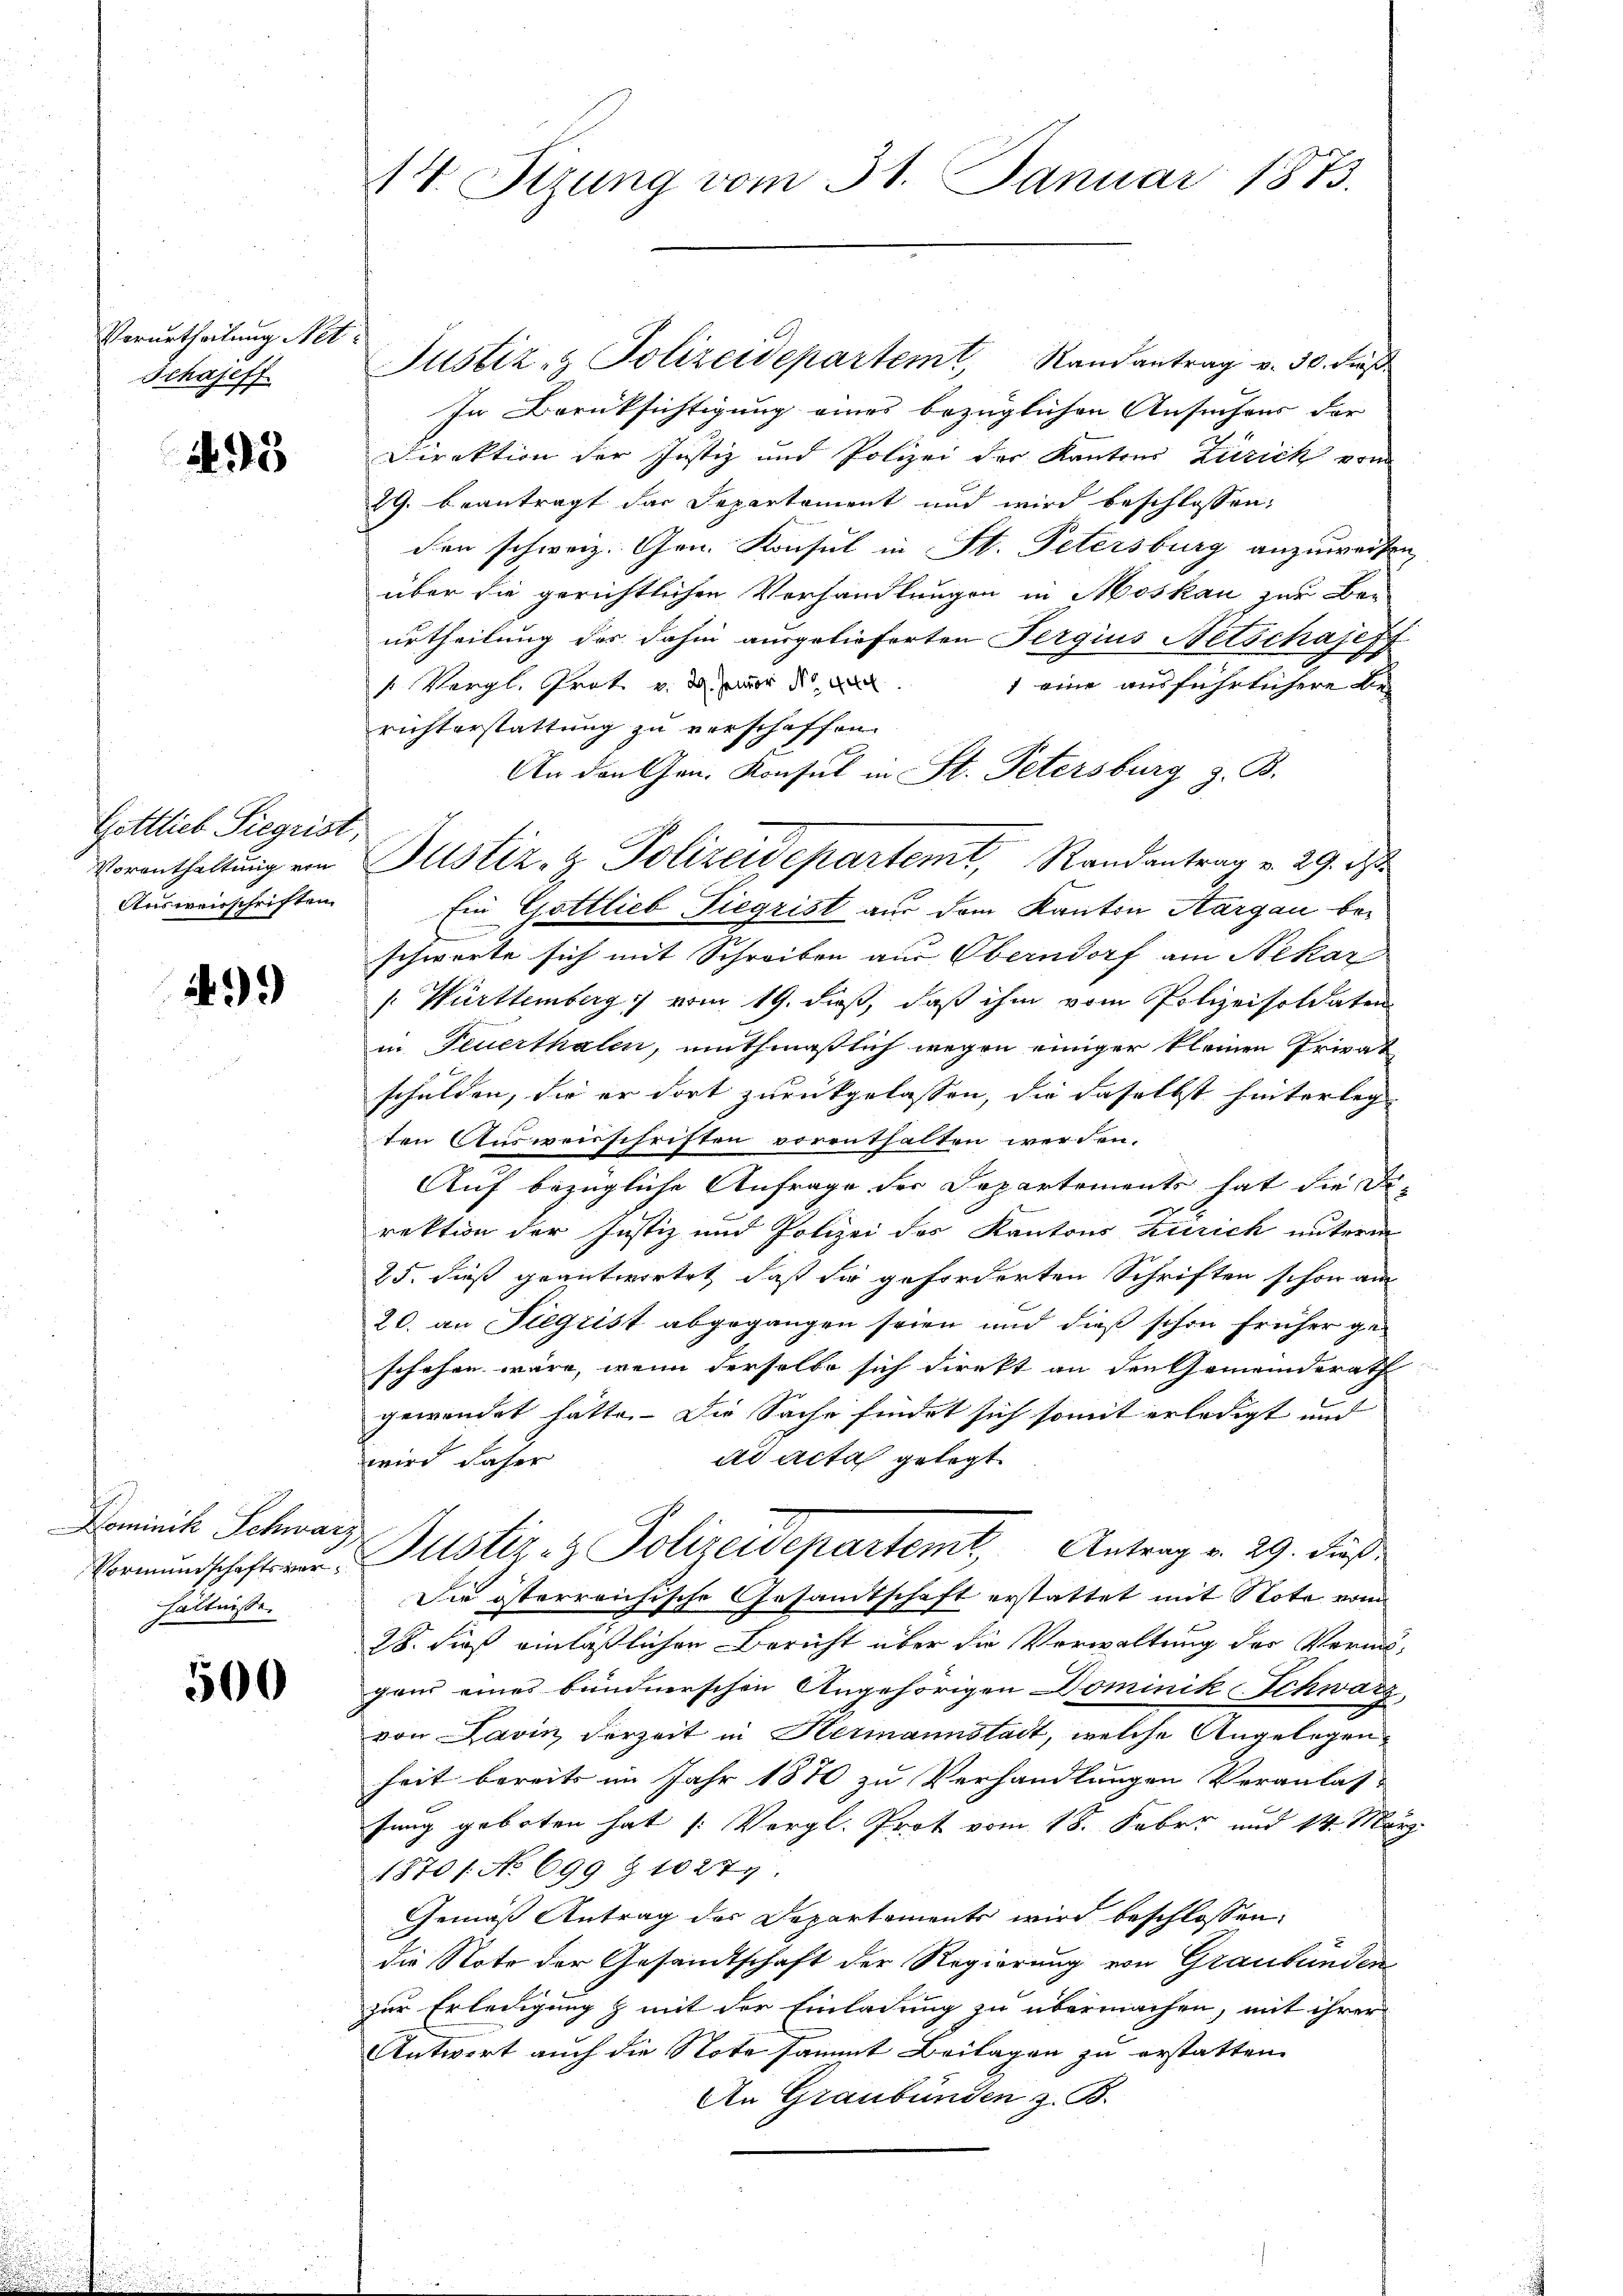
Verurtheilung Net
Schajeff.

235

Gettlieb Siegrist
Vorenthaltung von
Ausweisschriften.

1499

Dominik Schwarz,
Vormundschaftsverhältnisse.

500

14. Sizung vom 31. Januar 1873.

Justiz- & Polizeidepartemt, Randantrag v. 30. Freß
In Berüksichtigung eines bezüglichen Ansuchens der
Direktion der Justiz und Polizei der Kantons Zürich vom
29. beantragt das Departement und wird beschlossen:
den schweiz. Gen. Konsul in St. Petersburg anzuweise
über die gerichtlichen Vorhandlungen in Moskau zur Ben
urtheilung der dahin ausgelieferten Fergius Netschajest
1 eine ausführlichere Be¬
1 Vergl. Grat. v. 29. Januar der
richterstattung zu verschaffen.
An den Gen. Konsul in St. Petersburg z. B.
ze Be
schwerte sich mit Schreiben aus Oberndorf am Nekar
 Württemberg vom 19. dieß, daß ihm vom Polizeisoldaten
in Feuerthalen, muthmaßlich wegen einiger kleinen Privat
schulden, die er dort zurückgelassen, die daselbst hinterlegten Ausweisschriften vorenthalten werden.
Auf bezügliche Anfrage der Departements hat die Di-
rektion der Justiz und Polizei des Kantons Zürich unterm
25. dieß geantwortet, daß die geforderten Schriften schon am
20. an Siegrist abgegangen seien und dieß schon früher geschehen wäre, wenn derselbe sich direkt an den Gemeinderath
1
gewendet hätte. Die Sache findet sich somit erledigt und
ad acta gelegt
wird daher
Justiz- & Polizeidepartemt, Antrag v. 29. dieß
Die österreichische Gesandtschaft erstattet mit Note vom
28. dieß einläßlichen Bericht über die Verwaltung der Vermigend eines bundnerschen Angehörigen Dominik Schwarz,
von Lavin derzeit in Hermannstadt, welche Angelegenheit bereits im Jahr 1870 zu Vorhandlungen Veranlas-
sung geboten hat (Vergl. Prot vom 18. Febr. und 14. Mar
1870/ No 699 § 1027.
Gemäß Antrag des Departements wird beschlossen:
die Note der Gesandtschaft der Regierung von Graubünden
zur Erledigung & mit der Einladung zu übermachen, mit ihrer
Antwort auch die Note sammt Beilagen zu erstatten.
An Graubünden z. B.

Justiz- & Polizeidepartemt, Randantrag v. 29. d.
Ein Gottlieb Siegrist aus dem Kanton Aargau be¬